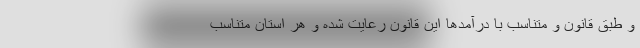
و طبق قانون و متناسب با درآمدها این قانون رعایت شده و هر استان متناسب